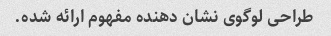
طراحی لوگوی نشان دهنده مفهوم ارائه شده.